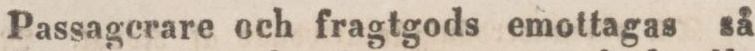
Passagerare och fragtgods emottagas så